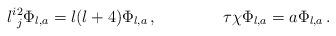
LaTeX: \begin{align*}l^i{}^2_j\Phi_{l,a}=l(l+4)\Phi_{l,a}\,,\qquad\qquad\tau\chi \Phi_{l,a}=a\Phi_{l,a}\,.\end{align*}